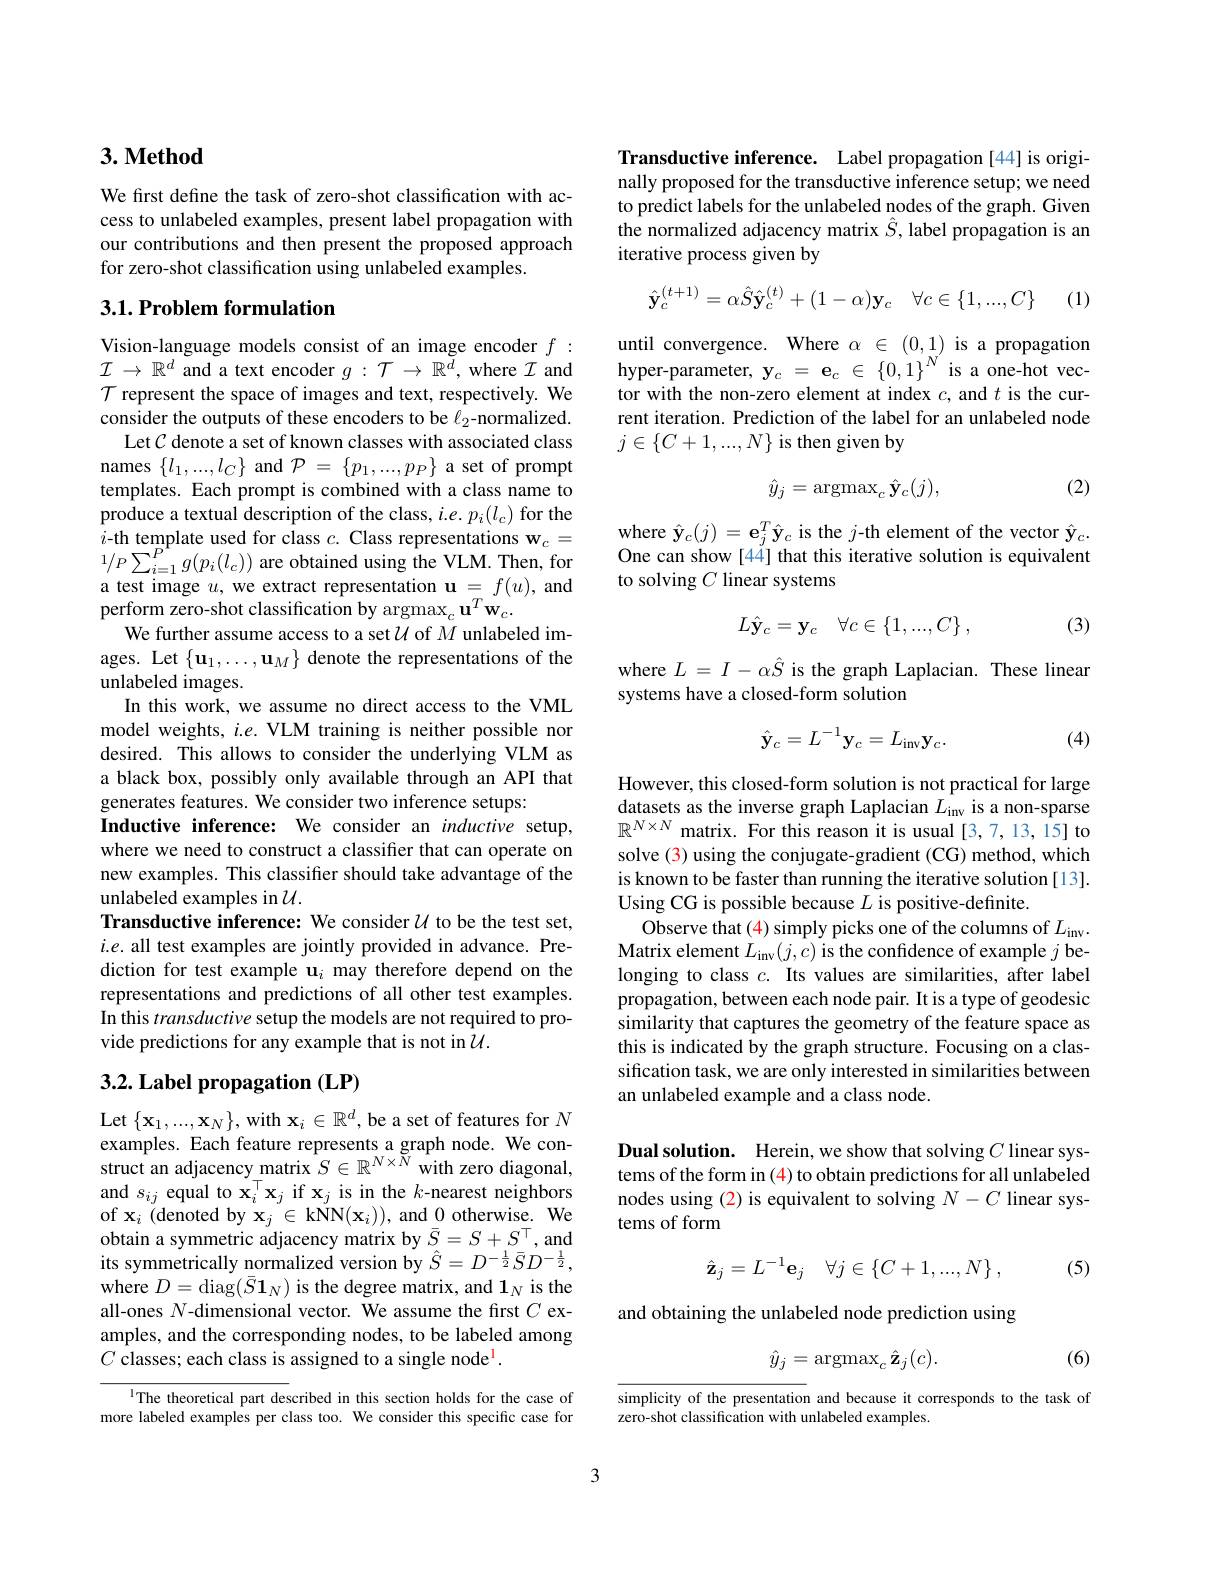
## $3. \textbf{Method}$

We first define the task of zero-shot classification with access to unlabeled examples, present label propagation with our contributions and then present the proposed approach for zero-shot classification using unlabeled examples.

## 3.1. Problem formulation

Vision-language models consist of an image encoder $f:$ $\mathcal{I}\to\mathbb{R}^d$ and a text encoder $g:\mathcal{T}\to\mathbb{R}^{\tilde{d}}$, where $\mathcal{I}$ and $\mathcal{T}$ represent the space of images and text, respectively. We consider the outputs of these encoders to be $\ell_2$-normalized.
Let $\mathcal{C}$ denote a set of known classes with associated class names $\{l_1,...,l_C\}$ and $\mathcal{P}=\{p_1,...,p_P\}$ a set of prompt templates. Each prompt is combined with a class name to produce a textual description of the class, $i.e.p_i(l_c)$ for the $i$-th template used for class $c.$ Class representations $\mathbf{w}_c=$ $1/P\sum_{i=1}^{P^{1}}g(p_{i}(l_{c}))$ are obtained using the VLM. Then, for a test image $u$, we extract representation $\mathbf{u}=f(u)$, and perform zero-shot classification by argmax$_c\mathbf{u}^T\mathbf{w}_c.$
We further assume access to a set $\mathcal{U}$ of $M$ unlabeled images. Let $\{\mathbf{u}_1,\ldots,\mathbf{u}_M\}$ denote the representations of the unlabeled images.
In this work, we assume no direct access to the VML model weights, $i.e.$ VLM training is neither possible nor desired. This allows to consider the underlying VLM as a black box, possibly only available through an API that generates features. We consider two inference setups:
Inductive inference: We consider an inductive setup, where we need to construct a classifier that can operate on new examples. This classifier should take advantage of the unlabeled examples in $\mathcal{U}.$
Transductive inference: We consider $\mathcal{U}$ to be the test set, $i.e.$ all test examples are jointly provided in advance. Prediction for test example $\mathbf{u}_i$ may therefore depend on the representations and predictions of all other test examples. In this transductive setup the models are not required to provide predictions for any example that is not in $\mathcal{U}.$

## 3.2. Label propagation (LP)

Let $\{\mathbf{x}_1,...,\mathbf{x}_N\}$, with $\mathbf{x}_i\in\mathbb{R}^d$, be a set of features for $N$ examples. Each feature represents a graph node. We construct an adjacency matrix $S\in\mathbb{R}^{N\times N}$ with zero diagonal, and $s_{ij}$ equal to $\mathbf{x}_i^\top\mathbf{x}_j$ if $\mathbf{x}_j$ is in the $k$-nearest neighbors of $\mathbf{x}_{i}$ (denoted by $\mathbf{x}_{j}\in\mathbf{kNN}(\mathbf{x}_{i}))$,and 0otherwise.We obtain a symmetric adjacency matrix by $\bar{S}=S+S^\top$, and its symmetrically normalized version by $\hat{S}=D^{-\frac12}\bar{S}D^{-\frac12}$, where $D=\operatorname{diag}(\bar{S}\mathbf{1}_{N})$ is the degree matrix, and $\mathbf{1}_{N}$ is the all-ones $N$-dimensional vector. We assume the first $C$ examples, and the corresponding nodes, to be labeled among $C$ classes; each class is assigned to a single node$^{\mathrm{l}}.$

$^{1}$The theoretical part described in this section holds for the case of more labeled examples per class too. We consider this specific case for

Transductive inference. Label propagation [44] is originally proposed for the transductive inference setup; we need to predict labels for the unlabeled nodes of the graph. Given the normalized adjacency matrix $\hat{S}$, label propagation is an iterative process given by
$$\hat{\mathbf{y}}_{c}^{(t+1)}=\alpha\hat{S}\hat{\mathbf{y}}_{c}^{(t)}+(1-\alpha)\mathbf{y}_{c}\quad\forall c\in\{1,...,C\}$$
(1)

until convergence. Where $\alpha\in(0,1)_N$ is a propagation hyper-parameter, $\mathbf{y}_c=\mathbf{e}_c\in\{0,1\}^{N^{\prime}}$ is a one-hot vector with the non-zero element at index $c$, and $t$ is the current iteration. Prediction of the label for an unlabeled node $j\in\{C+1,...,N\}$ is then given by

(2)
$$\hat{y}_j=\operatorname{argmax}_c\hat{\mathbf{y}}_c(j),$$
where $\hat{\mathbf{y}}_c(j)=\mathbf{e}_j^T\hat{\mathbf{y}}_c$ is the $j$-th element of the vector $\hat{\mathbf{y}}_c.$ One can show [44] that this iterative solution is equivalent to solving $C$ linear systems
$$L\hat{\mathbf{y}}_c=\mathbf{y}_c\quad\forall c\in\{1,...,C\}\:,$$
(3)

where $L=I-\alpha\hat{S}$ is the graph Laplacian. These linear
systems have a closed-form solution
$$\hat{\mathbf{y}}_c=L^{-1}\mathbf{y}_c=L_{\mathrm{inv}}\mathbf{y}_c.$$
(4)

However, this closed-form solution is not practical for large datasets as the inverse graph Laplacian $L_\mathrm{inv}$ is a non-sparse $\mathbb{R}^{N\times N}$ matrix. For this reason it is usual [3,7,13,15] to solve (3) using the conjugate-gradient (CG) method, which is known to be faster than running the iterative solution [13]. Using CG is possible because $L$ is positive-definite
Observe that (4) simply picks one of the columns of $L_\mathrm{inv}.$ Matrix element $L_\mathrm{inv}(j,c)$ is the confidence of example $j$ belonging to class $c.$ Its values are similarities, after label propagation, between each node pair. It is a type of geodesic similarity that captures the geometry of the feature space as this is indicated by the graph structure. Focusing on a classification task, we are only interested in similarities between an unlabeled example and a class node.

Dual solution. Herein, we show that solving $C$ linear systems of the form in (4) to obtain predictions for all unlabeled nodes using (2) is equivalent to solving $N-C$ linear systems of form
$$\hat{\mathbf{z}}_j=L^{-1}\mathbf{e}_j\quad\forall j\in\{C+1,...,N\}\:,$$
(5)

and obtaining the unlabeled node prediction using

(6)
$$\hat{y}_j=\operatorname{argmax}_c\hat{\mathbf{z}}_j(c).$$
simplicity of the presentation and because it corresponds to the task of
zero-shot classification with unlabeled examples.

3